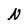
Character: N